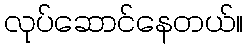
လုပ်ဆောင်နေတယ်။